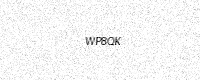
Text: WP8QK